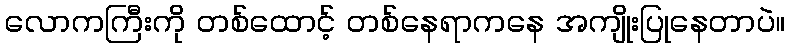
လောကကြီးကို တစ်ထောင့် တစ်နေရာကနေ အကျိုးပြုနေတာပဲ။